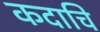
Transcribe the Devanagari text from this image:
कदाचि